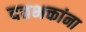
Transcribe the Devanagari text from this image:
दत्तभक्तांना